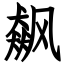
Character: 飙